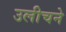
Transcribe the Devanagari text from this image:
उलीचने